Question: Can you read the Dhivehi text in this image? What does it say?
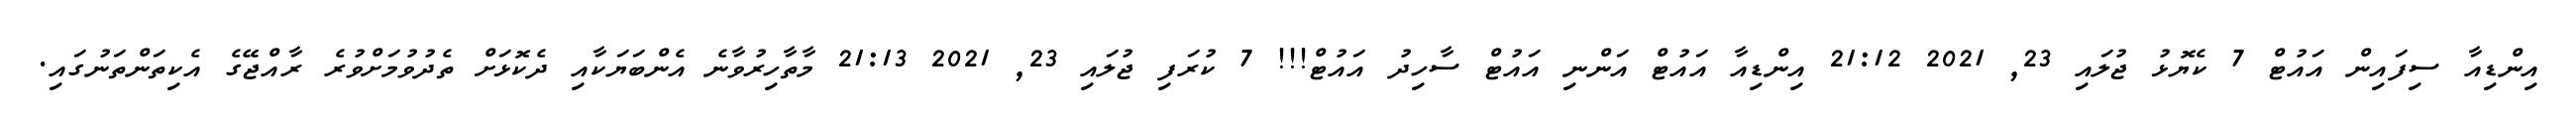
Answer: އިންޑިއާ ސިފައިން އައުޓް 7 ކެޔޮޅު ޖުލައި 23, 2021 21:12 އިންޑިއާ އައުޓް އަންނި އައުޓް ސާހިދު އައުޓް!!! 7 ކުރަފި ޖުލައި 23, 2021 21:13 މާތާހިރުވާނެ އެންބަޔަކާއި ދެކޮޅަށް ތެދުވުމަށްވުރެ ރާއްޖޭގެ އެކިތަންތަނުގައި.